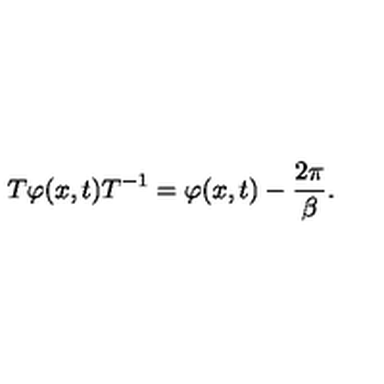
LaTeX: T \varphi ( x , t ) T ^ { - 1 } = \varphi ( x , t ) - \frac { 2 \pi } { \beta } .